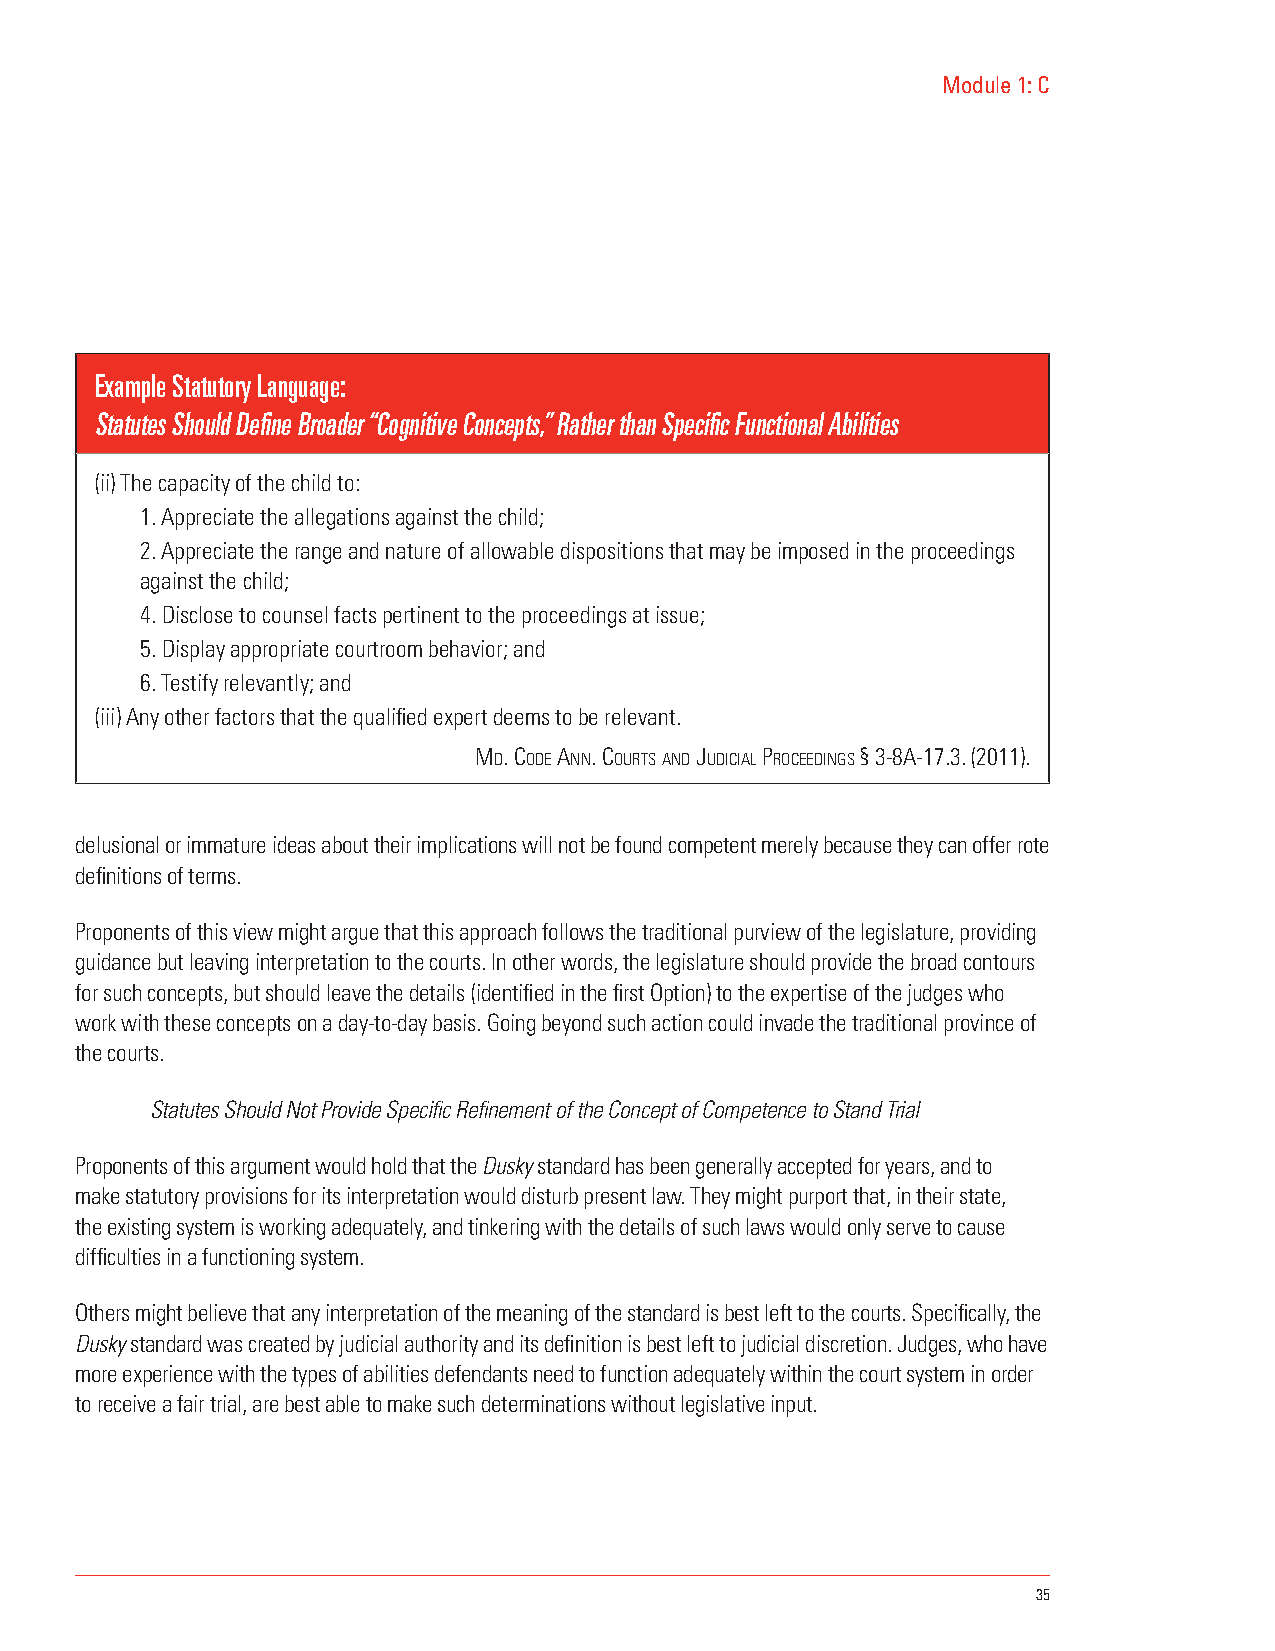
Module 1: C
 Example Statutory Language:
 Statutes Should Define Broader “Cognitive Concepts,” Rather than Specific Functional Abilities
 (ii) The capacity of the child to:
 1. Appreciate the allegations against the child;
 2. Appreciate the range and nature of allowable dispositions that may be imposed in the proceedings
 against the child;
 4. Disclose to counsel facts pertinent to the proceedings at issue;
 5. Display appropriate courtroom behavior; and
 6. Testify relevantly; and
 (iii) Any other factors that the qualified expert deems to be relevant.
 mD. coDe ann. couRts anD JuDIcIal PRoceeDInGs § 3-8A-17.3. (2011).
 delusional or immature ideas about their implications will not be found competent merely because they can offer rote
 definitions of terms.
 Proponents of this view might argue that this approach follows the traditional purview of the legislature, providing
 guidance but leaving interpretation to the courts. In other words, the legislature should provide the broad contours
 for such concepts, but should leave the details (identified in the first Option) to the expertise of the judges who
 work with these concepts on a day-to-day basis. Going beyond such action could invade the traditional province of
 the courts.
 Statutes Should Not Provide Specific Refinement of the Concept of Competence to Stand Trial
 Proponents of this argument would hold that the Dusky standard has been generally accepted for years, and to
 make statutory provisions for its interpretation would disturb present law. They might purport that, in their state,
 the existing system is working adequately, and tinkering with the details of such laws would only serve to cause
 difficulties in a functioning system.
 Others might believe that any interpretation of the meaning of the standard is best left to the courts. Specifically, the
 Dusky standard was created by judicial authority and its definition is best left to judicial discretion. Judges, who have
 more experience with the types of abilities defendants need to function adequately within the court system in order
 to receive a fair trial, are best able to make such determinations without legislative input.
 35